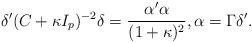
LaTeX: \begin{align*}\delta'(C+\kappa I_p)^{-2}\delta = \frac{\alpha'\alpha}{(1+\kappa)^2}, \alpha=\Gamma\delta'.\end{align*}